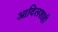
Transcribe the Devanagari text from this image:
आदिलशाही